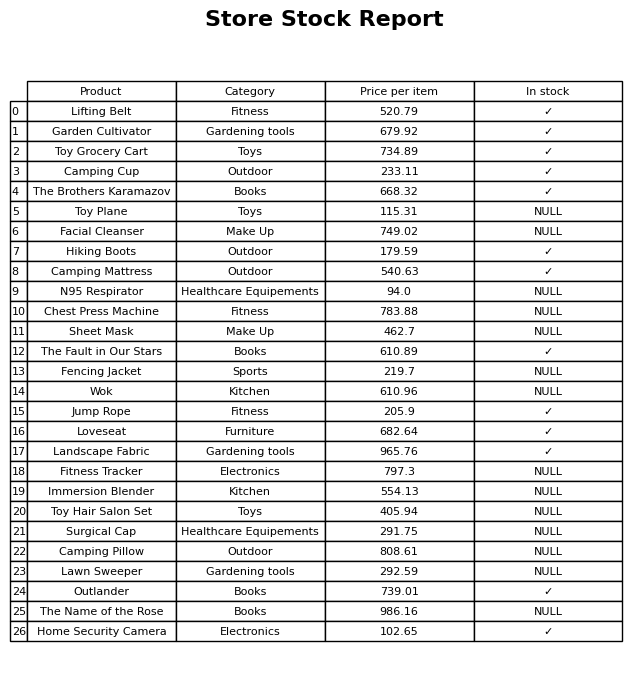
question: What is the price for Lawn Sweeper?
answer: The price of Lawn Sweeper is 292.59.